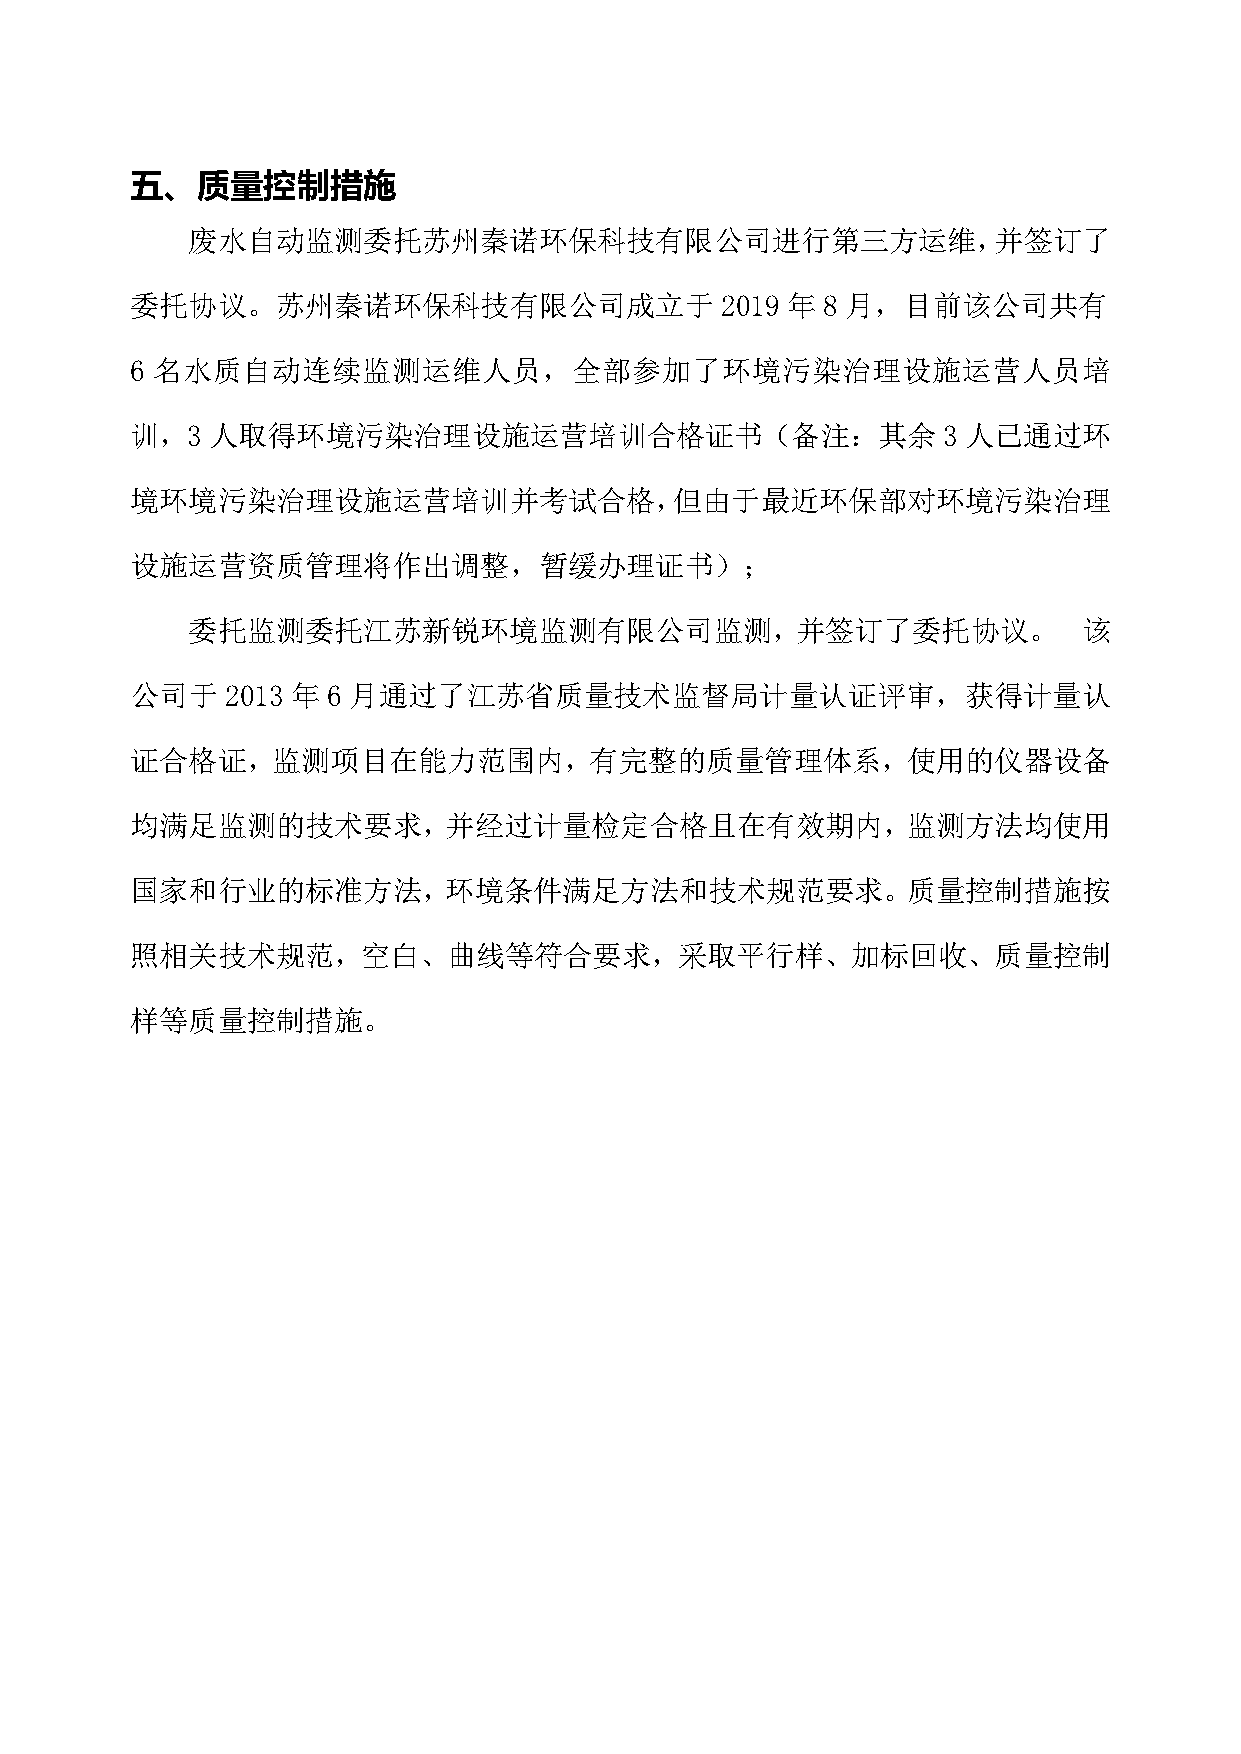
五、质量控制措施
 废水自动监测委托苏州秦诺环保科技有限公司进行第三方运维，并签订了
 委托协议。苏州秦诺环保科技有限公司成立于                   2019 年 8 月，目前该公司共有
 6 名水质自动连续监测运维人员，全部参加了环境污染治理设施运营人员培
 训，3  人取得环境污染治理设施运营培训合格证书（备注：其余                       3 人已通过环
 境环境污染治理设施运营培训并考试合格，但由于最近环保部对环境污染治理
 设施运营资质管理将作出调整，暂缓办理证书）；
 委托监测委托江苏新锐环境监测有限公司监测，并签订了委托协议。                              该
 公司于   2013 年 6 月通过了江苏省质量技术监督局计量认证评审，获得计量认
 证合格证，监测项目在能力范围内，有完整的质量管理体系，使用的仪器设备
 均满足监测的技术要求，并经过计量检定合格且在有效期内，监测方法均使用
 国家和行业的标准方法，环境条件满足方法和技术规范要求。质量控制措施按
 照相关技术规范，空白、曲线等符合要求，采取平行样、加标回收、质量控制
 样等质量控制措施。